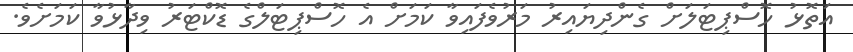
އަތޮޅު ހޮސްޕިޓަލަށް ގެންދިޔައިރު މަރުވެފައިވާ ކަމަށް އެ ހޮސްޕިޓަލްގެ ޑޮކްޓަރު ވިދާޅުވާ ކަމަށެވެ.